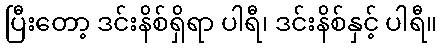
ပြီးတော့ ဒင်းနိစ်ရှိရာ ပါရီ၊ ဒင်းနိစ်နှင့် ပါရီ။